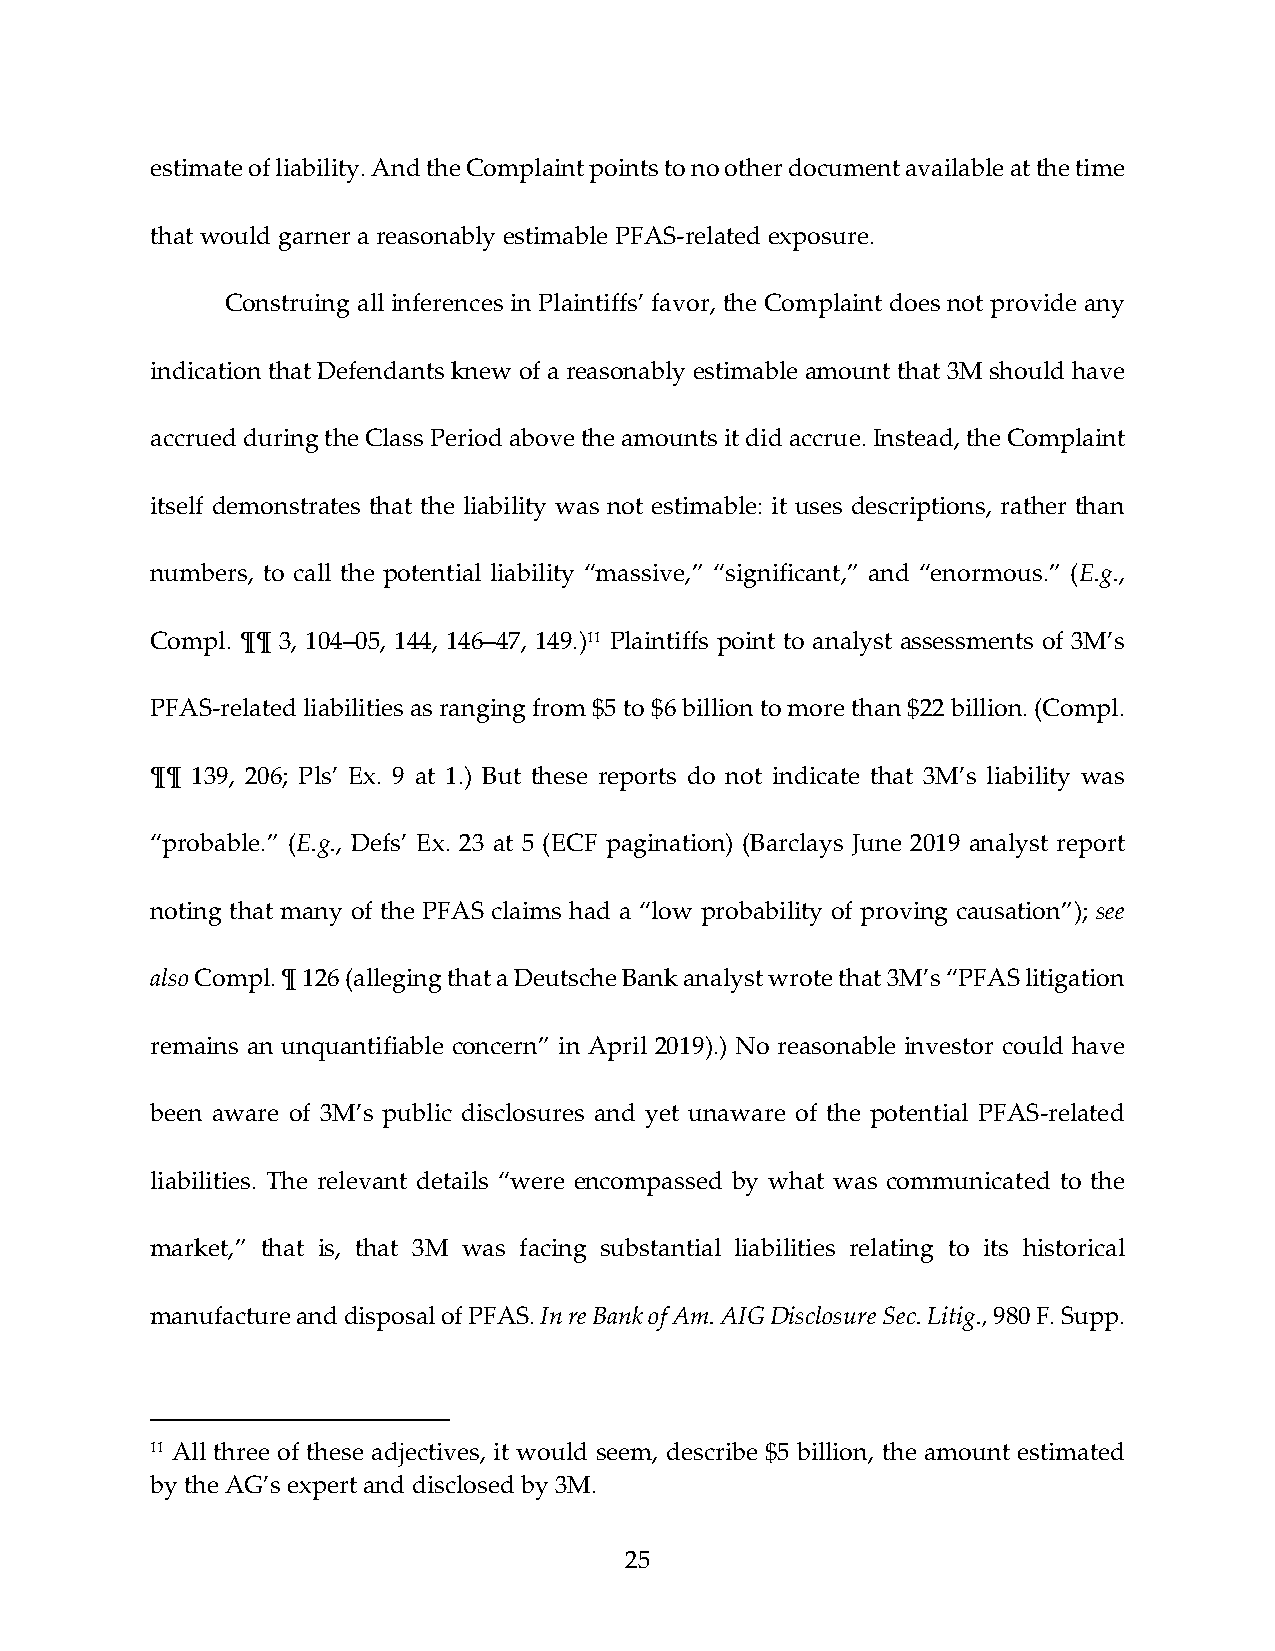
estimate of liability. And the Complaint points to no other document available at the time
 that would garner a reasonably estimable PFAS‐related exposure.
 Construing all inferences in Plaintiffs’ favor, the Complaint does not provide any
 indication that Defendants knew of a reasonably estimable amount that 3M should have
 accrued during the Class Period above the amounts it did accrue. Instead, the Complaint
 itself demonstrates that the liability was not estimable: it uses descriptions, rather than
 numbers, to call the potential liability “massive,” “significant,” and “enormous.” (E.g.,
 Compl. ¶¶ 3, 104–05, 144, 146–47, 149.)11 Plaintiffs point to analyst assessments of 3M’s
 PFAS‐related liabilities as ranging from $5 to $6 billion to more than $22 billion. (Compl.
 ¶¶ 139, 206; Pls’ Ex. 9 at 1.) But these reports do not indicate that 3M’s liability was
 “probable.” (E.g., Defs’ Ex. 23 at 5 (ECF pagination) (Barclays June 2019 analyst report
 noting that many of the PFAS claims had a “low probability of proving causation”); see
 also Compl. ¶ 126 (alleging that a Deutsche Bank analyst wrote that 3M’s “PFAS litigation
 remains an unquantifiable concern” in April 2019).) No reasonable investor could have
 been aware of 3M’s public disclosures and yet unaware of the potential PFAS‐related
 liabilities. The relevant details “were encompassed by what was communicated to the
 market,” that is, that 3M was facing substantial liabilities relating to its historical
 manufacture and disposal of PFAS. In re Bank of Am. AIG Disclosure Sec. Litig., 980 F. Supp.
 11 All three of these adjectives, it would seem, describe $5 billion, the amount estimated
 by the AG’s expert and disclosed by 3M.
 25